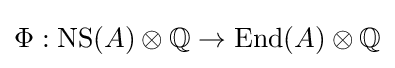
\Phi :\mathrm {NS} (A)\otimes \mathbb {Q} \to \mathrm {End} (A)\otimes \mathbb {Q}